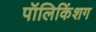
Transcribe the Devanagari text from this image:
पॉलिकिंशग